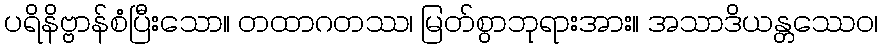
ပရိနိဗ္ဗာန်စံပြီးသော။ တထာဂတဿ၊ မြတ်စွာဘုရားအား။ အသာဒိယန္တဿေဝ၊